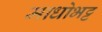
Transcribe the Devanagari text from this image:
माधोभट्ट